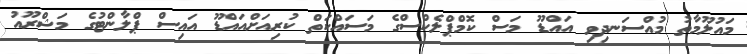
މައުލޫމާތު މުއްސަނދިވި އައްޑޫ މަސް ކޮމްޕްލެކްސްގެ މަސައްކަތް ކުރިއަށްއައްޑޫ އައިސް ޕްލާންޓުގެ މަޝްރޫއު